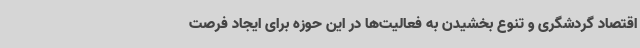
اقتصاد گردشگری و تنوع بخشیدن به فعالیت‌ها در این حوزه برای ایجاد فرصت